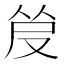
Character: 𰆿